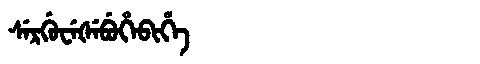
Manchu: ᠰᡝᡵᡤᡠᠸᡝᡧᡝᠪᡠᡥᡝᠪᡳᡥᡝ
Romanization: SERGUWEŠEBUHEBIHE